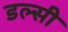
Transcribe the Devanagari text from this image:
डल्सी